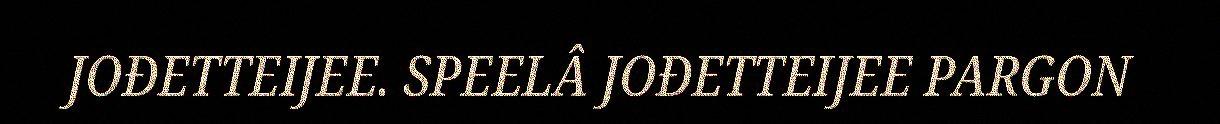
JOĐETTEIJEE. SPEELÂ JOĐETTEIJEE PARGON